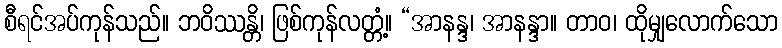
စီရင်အပ်ကုန်သည်။ ဘဝိဿန္တိ၊ ဖြစ်ကုန်လတ္တံ့။ “အာနန္ဒ၊ အာနန္ဒာ။ တာဝ၊ ထိုမျှလောက်သော